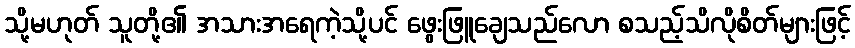
သို့မဟုတ် သူတို့၏ အသားအရေကဲ့သို့ပင် ဖွေးဖြူချေသည်လော စသည့်သိလိုစိတ်များဖြင့်